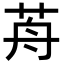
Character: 𦭸